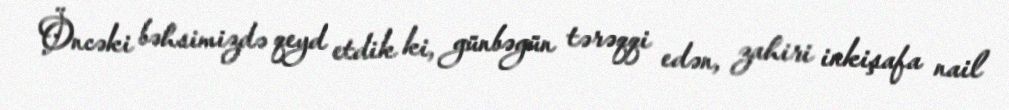
Öncəki bəhsimizdə qeyd etdik ki, günbəgün tərəqqi edən, zahiri inkişafa nail